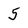
Character: 5